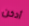
أدخن